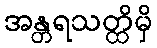
အန္တရသတ္ထိမှိ